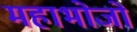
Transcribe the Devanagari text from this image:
महाभोजों